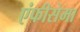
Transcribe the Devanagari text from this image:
एंफीसेमा